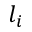
l _ { i }